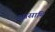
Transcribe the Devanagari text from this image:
आसामि